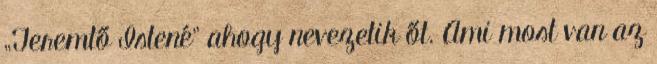
„Teremtő Istené” ahogy nevezetik őt. Ami most van az